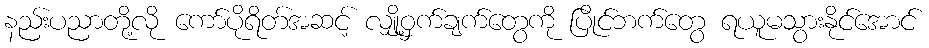
နည်းပညာတို့လို ကော်ပိုရိတ်အဆင့် လျှို့ဝှက်ချက်တွေကို ပြိုင်ဘက်တွေ ရယူမသွားနိုင်အောင်